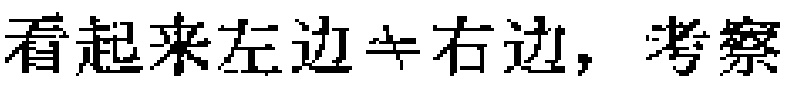
看起来左边$\neq$右边，考察